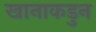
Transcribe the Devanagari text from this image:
खानाकडुन